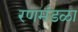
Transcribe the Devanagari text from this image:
रणमंडळा